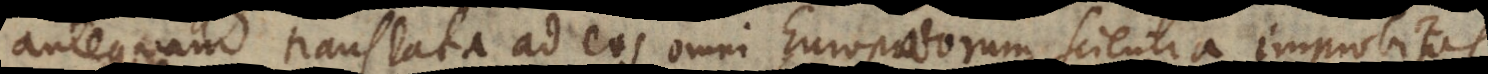
antequam translata ad eos omni Europaeorum scientia improbitas